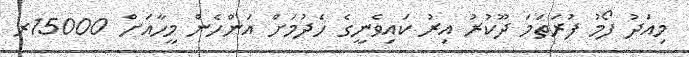
މިއަދު ފޯމު ފުރަތަމަ ދޫކުރު އިރު ކައިވެނީގެ ހެދުމަށް އަންހެން މީހާއަށް 15000ރ